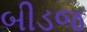
બીડજ